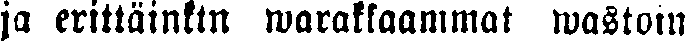
ja eritläinkin warakkaammat wastoin